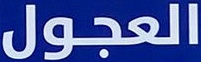
العجول